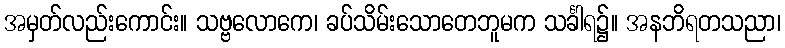
အမှတ်လည်းကောင်း။ သဗ္ဗလောကေ၊ ခပ်သိမ်းသောတေဘူမက သင်္ခါရ၌။ အနဘိရတသညာ၊